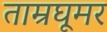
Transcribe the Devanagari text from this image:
ताम्रघूमर